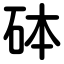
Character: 砵